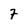
Character: 7